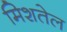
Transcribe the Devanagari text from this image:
मिशतेल